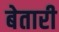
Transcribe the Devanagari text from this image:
बेतारी